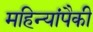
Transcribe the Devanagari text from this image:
महिन्यांपैकी